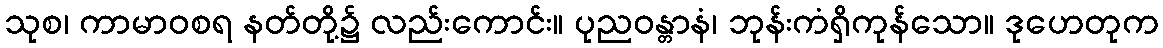
သုစ၊ ကာမာဝစရ နတ်တို့၌ လည်းကောင်း။ ပုညဝန္တာနံ၊ ဘုန်းကံရှိကုန်သော။ ဒုဟေတုက